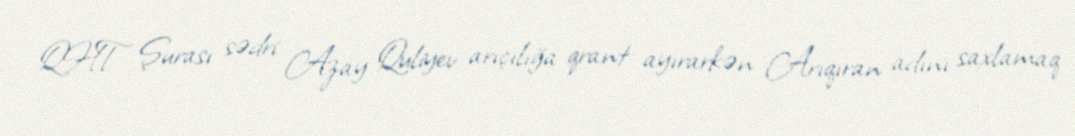
QHT Şurası sədri Azay Quliyev arıçılığa qrant ayırarkən Arıqıran adını saxlamaq